Report of the Municipal Commissioner on the plague in Bombay for the year ending 31st May... - Volume 1
Disease focus: Plague
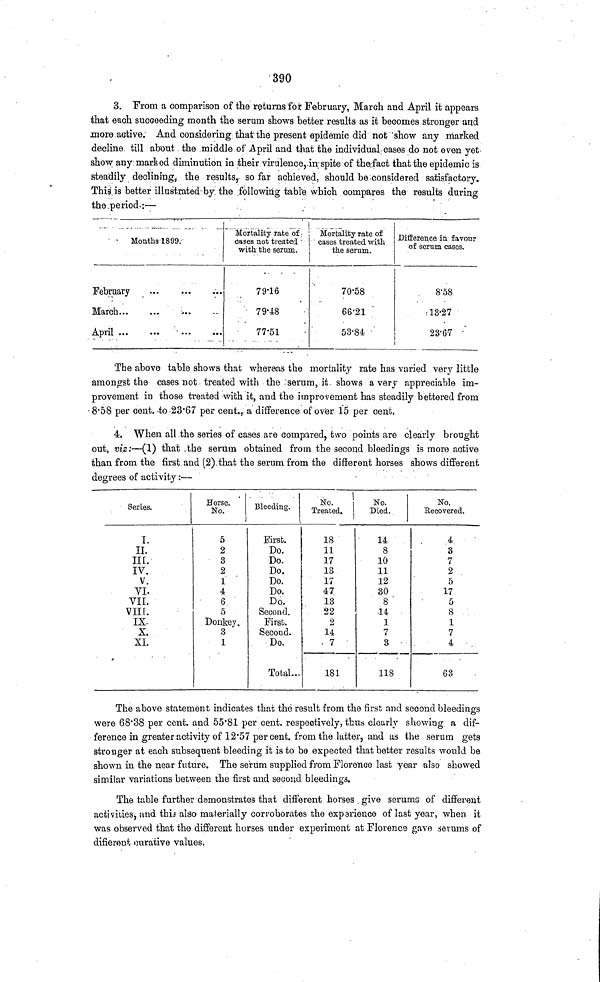
390
3. From a comparison of the returns for February, March and April it appears
that each succeeding month the serum shows better results as it becomes stronger and
more active. And considering that the present epidemic did not show any marked
decline till about the middle of April and that the individual cases do not even yet
show any marked diminution in their virulence, in spite of the.fact that the epidemic is
steadily declining, the results, so far achieved, should be considered satisfactory.
This is better illustrated by the following table which compares the results during
the period :—
Months 1899.
February
March...
April ...
·« *
...
Mortality rate of
öaäes not treated
with the serum.
79Ί6
79-48
77-51
Mortality rate of
cases treated with
the serum.
70-58
66-21
53-84
Difference in favour
of serum cases.
8'58
13-27
28-67
The above table shows that whereas the mortality rate has varied very little
amongst the cases not treated with the serum, it shows a very appreciable im-
provement in those treated with it, and the improvement has steadily bettered from
8-58 per cent, to 23*67 per cent.^ a difference of ov«r 15 per cent.
4. When all the series of cases are compared, two points are clearly brought
out, viz:—(1) that the serum obtained from the second bleedings is more active
than from the first and (2) that the serum from the different horses shows different
degrees of activity:—
Series.
I.
II.
TIE.
IV.
V.
VI.
VII.
VIII.
IX.
X.
XL
Horse.
No.
5
2
3
2
1
4
6
5
Donkey,
3
1
Bleeding.
Eirsfc.
Do.
Do.
Do,
Do.
Do.
Do.
Second.
Firsfc.
Second.
Do.
Total...
No.
ι
No.
Treated.
Died.
18
11
17
13
17
47
13
22
2
14
7
181
14
8
10
11
12
30
8
14
1
n
I
3
118
No.
Eecovered.
4
3
7
2
5
17
5
8
1
7
4
63
The above statement indicates that the result from the first and second bleedings O
were 68'38 per cent, and 55*81 per cent, respectively, thus clearly showing a dif-
ference in greater activity of 12*57 percent, from the latter, and as (¡he serum gets
stronger at each subsequent bleeding it is to bo expected that better results would be
shown in the near future. The serum supplied from Florence last year also showed
similar variations between the first and second bleedings.
The table further demonstrates that different horses give seruma of different
activities, und thiá also materially corroborates the exparience of last year, when it
was observed that the different horses under experiment at Florence gave serums of
difierent curative values.